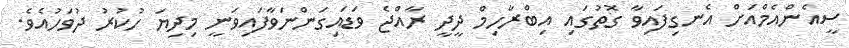
ސީއެންއެމްއަށް އެނގިފައިވާ ގޮތުގައި އިބްރާހިމް ދީދީ ރާއްޖެ ވަޑައިގަންނަވާފައިވަނީ މިދިޔަ ހުކުރު ދުވަހުއެވެ.